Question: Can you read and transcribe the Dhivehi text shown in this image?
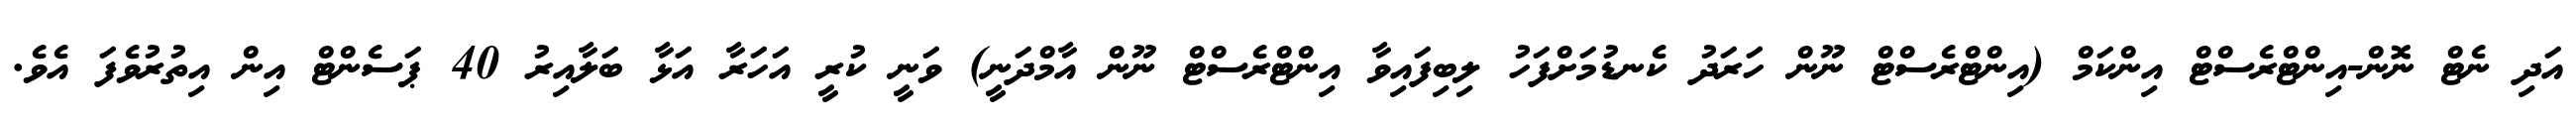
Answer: އަދި ނެޓް ނޮން-އިންޓްރެސްޓް އިންކަމް (އިންޓްރެސްޓް ނޫން ހަރަދު ކެނޑުމަށްފަހު ލިބިފައިވާ އިންޓްރެސްޓް ނޫން އާމްދަނީ) ވަނީ ކުރީ އަހަރާ އަޅާ ބަލާއިރު 40 ޕަސެންޓް އިން އިތުރުވެފަ އެވެ.